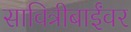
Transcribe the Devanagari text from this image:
सावित्रीबाईंवर